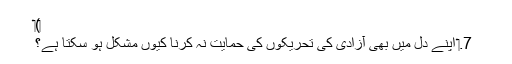
‏)‏
7.‏ اپنے دل میں بھی آزادی کی تحریکوں کی حمایت نہ کرنا کیوں مشکل ہو سکتا ہے؟